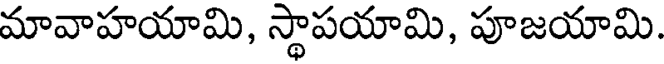
మావాహయామి, స్థాపయామి, పూజయామి.